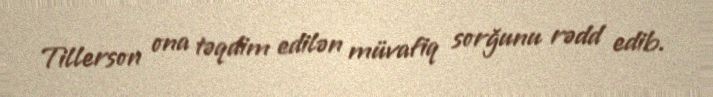
Tillerson ona təqdim edilən müvafiq sorğunu rədd edib.